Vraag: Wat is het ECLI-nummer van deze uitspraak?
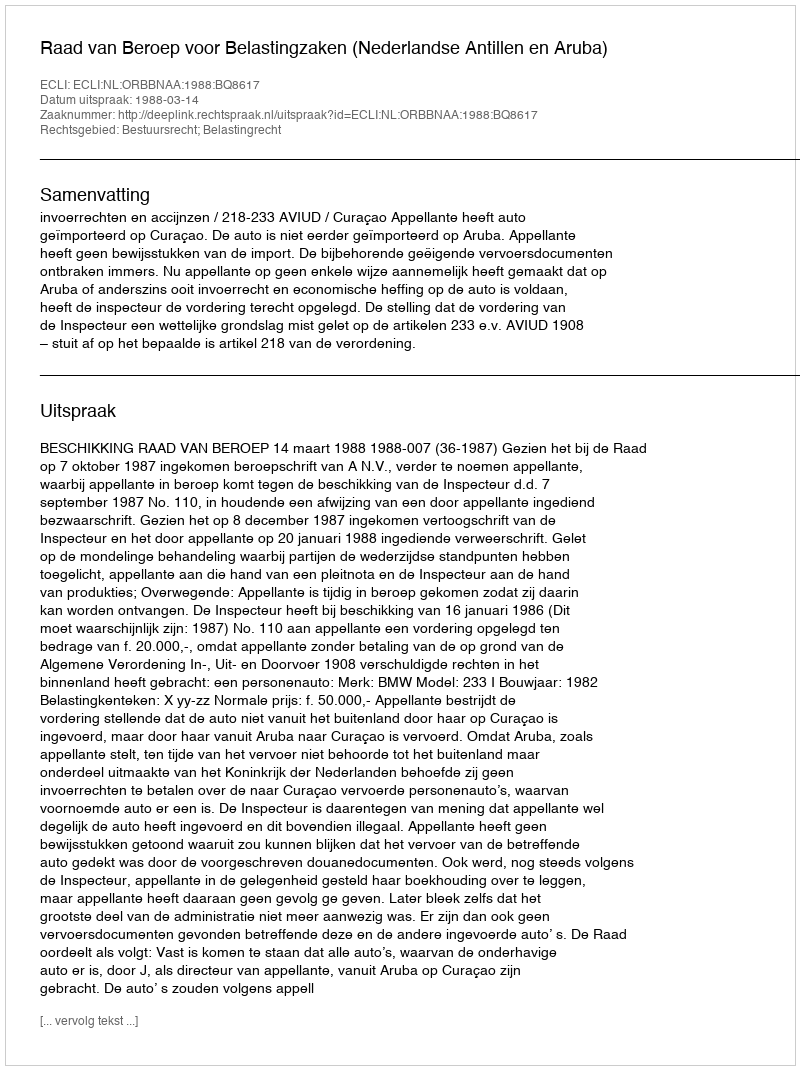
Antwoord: ECLI:NL:ORBBNAA:1988:BQ8617